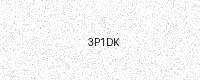
Text: 3P1DK